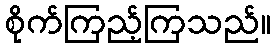
စိုက်ကြည့်ကြသည်။